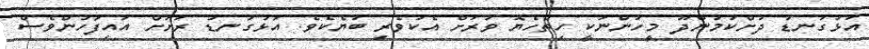
އަޅުގަނޑު ދުށްކުމުންދޫ މީހުންނަކީ ހިތްހެޔޮ ވަރަށް އެކުވެރި ބަޔެކެވެ. އަޅުގަނޑު ރަށަށް އައިފަހުންވެސް